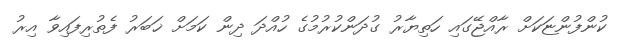
ކުންފުންޏަކަށް ރާއްޖޭގައި ހަތިޔާރު ގުދަންކުރުމުގެ ހުއްދަ ދިން ކަމަށް ޚަބަރު ފެތުރިފައިވާ އިރު